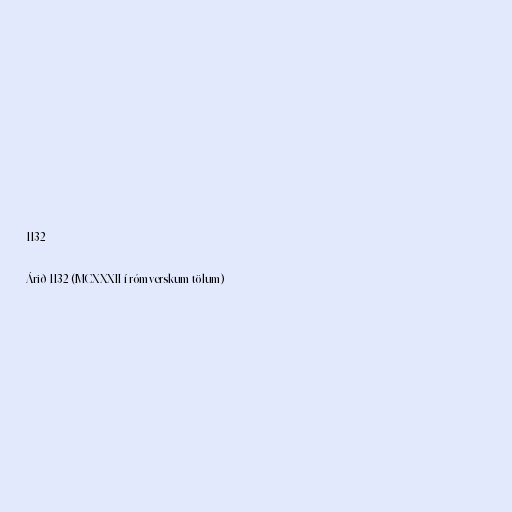
1132

Árið 1132 (MCXXXII í rómverskum tölum)